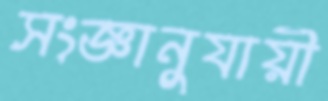
সংজ্ঞানুযায়ী